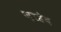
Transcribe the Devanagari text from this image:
ज़ाहेद